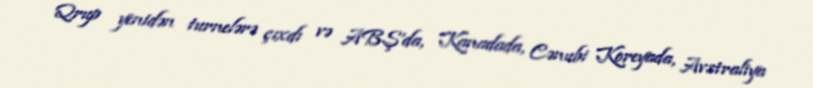
Qrup yenidən turnelərə çıxdı və ABŞ'da, Kanadada, Cənubi Koreyada, Avstraliya